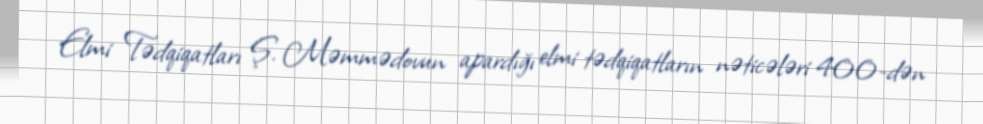
Elmi Tədqiqatları Ş. Məmmədovun apardığı elmi tədqiqatların nəticələri 400-dən